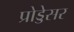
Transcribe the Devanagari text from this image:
प्रोड्डेसर